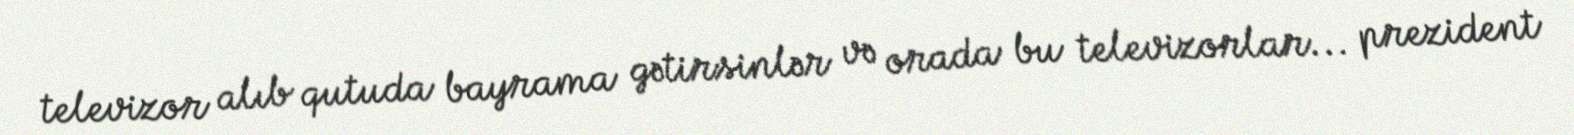
televizor alıb qutuda bayrama gətirsinlər və orada bu televizorlar... prezident